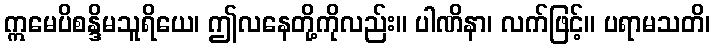
ဣမေပိစန္ဒိမသူရိယေ၊ ဤလနေတို့ကိုလည်း။ ပါဏိနာ၊ လက်ဖြင့်။ ပရာမသတိ၊